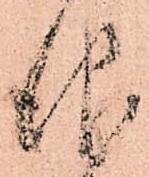
仰